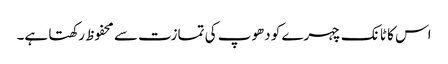
اس کا ٹانک چہرے کو دھوپ کی تمازت سے محفوظ رکھتا ہے۔